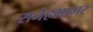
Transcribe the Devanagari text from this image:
सनेहसागर